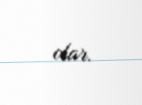
olar.